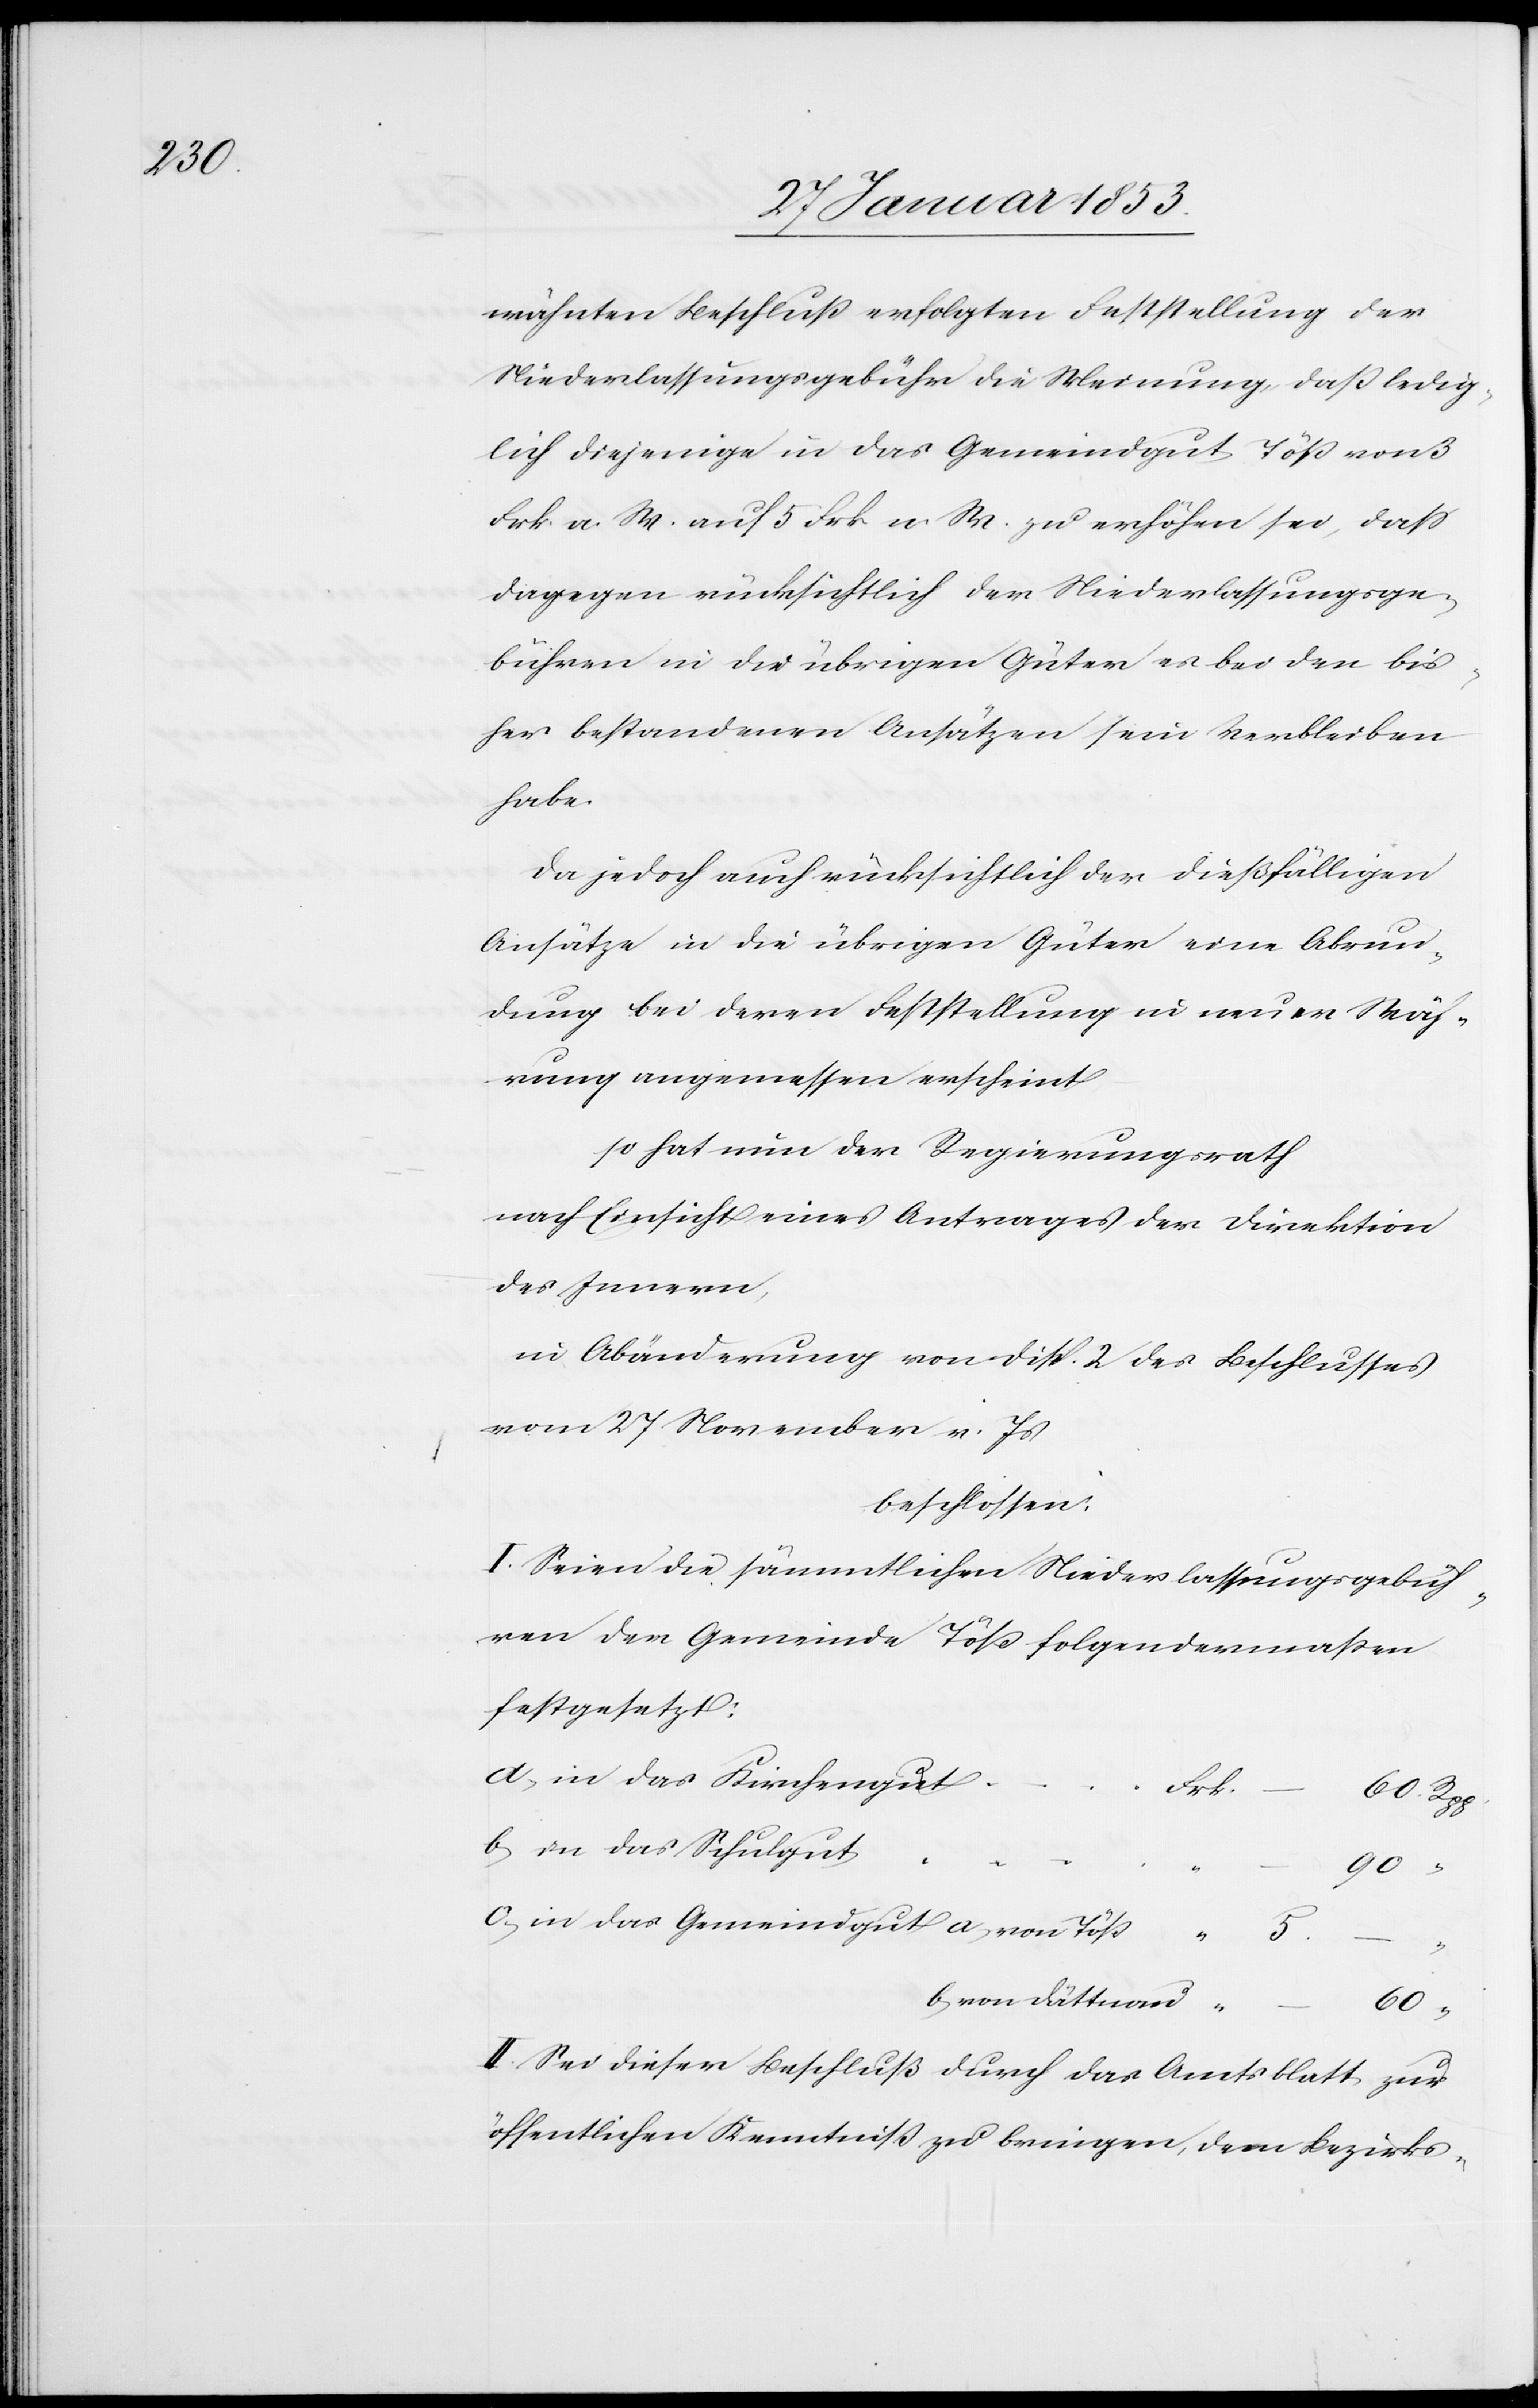
wähnten Beschluß erfolgten Feststellung der
Niederlassungsgebühr die Meinung, daß ledig¬
lich diejenige in das Gemeindgut Töß von 3
Frk. a. W. auf 5 Frk. n. W. zu erhöhen sei, daß
dagegen rücksichtlich der Niederlaßungsge¬
bühren in die übrigen Güter es bei den bis¬
her bestandenen Ansätzen sein Verbleiben
habe.
Da jedoch auch rücksichtlich der dießfälligen
Ansätze in die übrigen Güter eine Abrun¬
dung bei deren Feststellung in neuer Wäh¬
rung angemessen erscheint
so hat der Regierungsrath
nach Einsicht eines Antrages der Direktion
des Innern,
in Abänderung von disp. 2 des Beschlusses
vom 27 November v. Js.
beschlossen.
I. Seien die sämmtlichen Niederlassungsgebüh¬
ren der Gemeinde Töß folgendermaßen
festgesetzt:
a, in das Kirchengu¬
–	60. Rpp.
c, in das Gemeindgut a von
b,
b von
II. Sei dieser Beschluß durch das Amtsblatt zur
öffentlichen Kenntniß zu bringen, dem Bezirks-